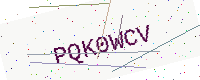
Text: PQK0WCV